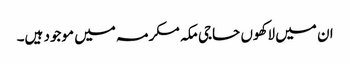
ان میں لاکھوں حاجی مکہ مکرمہ میں موجود ہیں۔